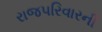
રાજપરિવારની